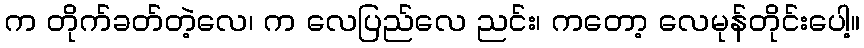
က တိုက်ခတ်တဲ့လေ၊ က လေပြည်လေ ညင်း၊ ကတော့ လေမုန်တိုင်းပေါ့။